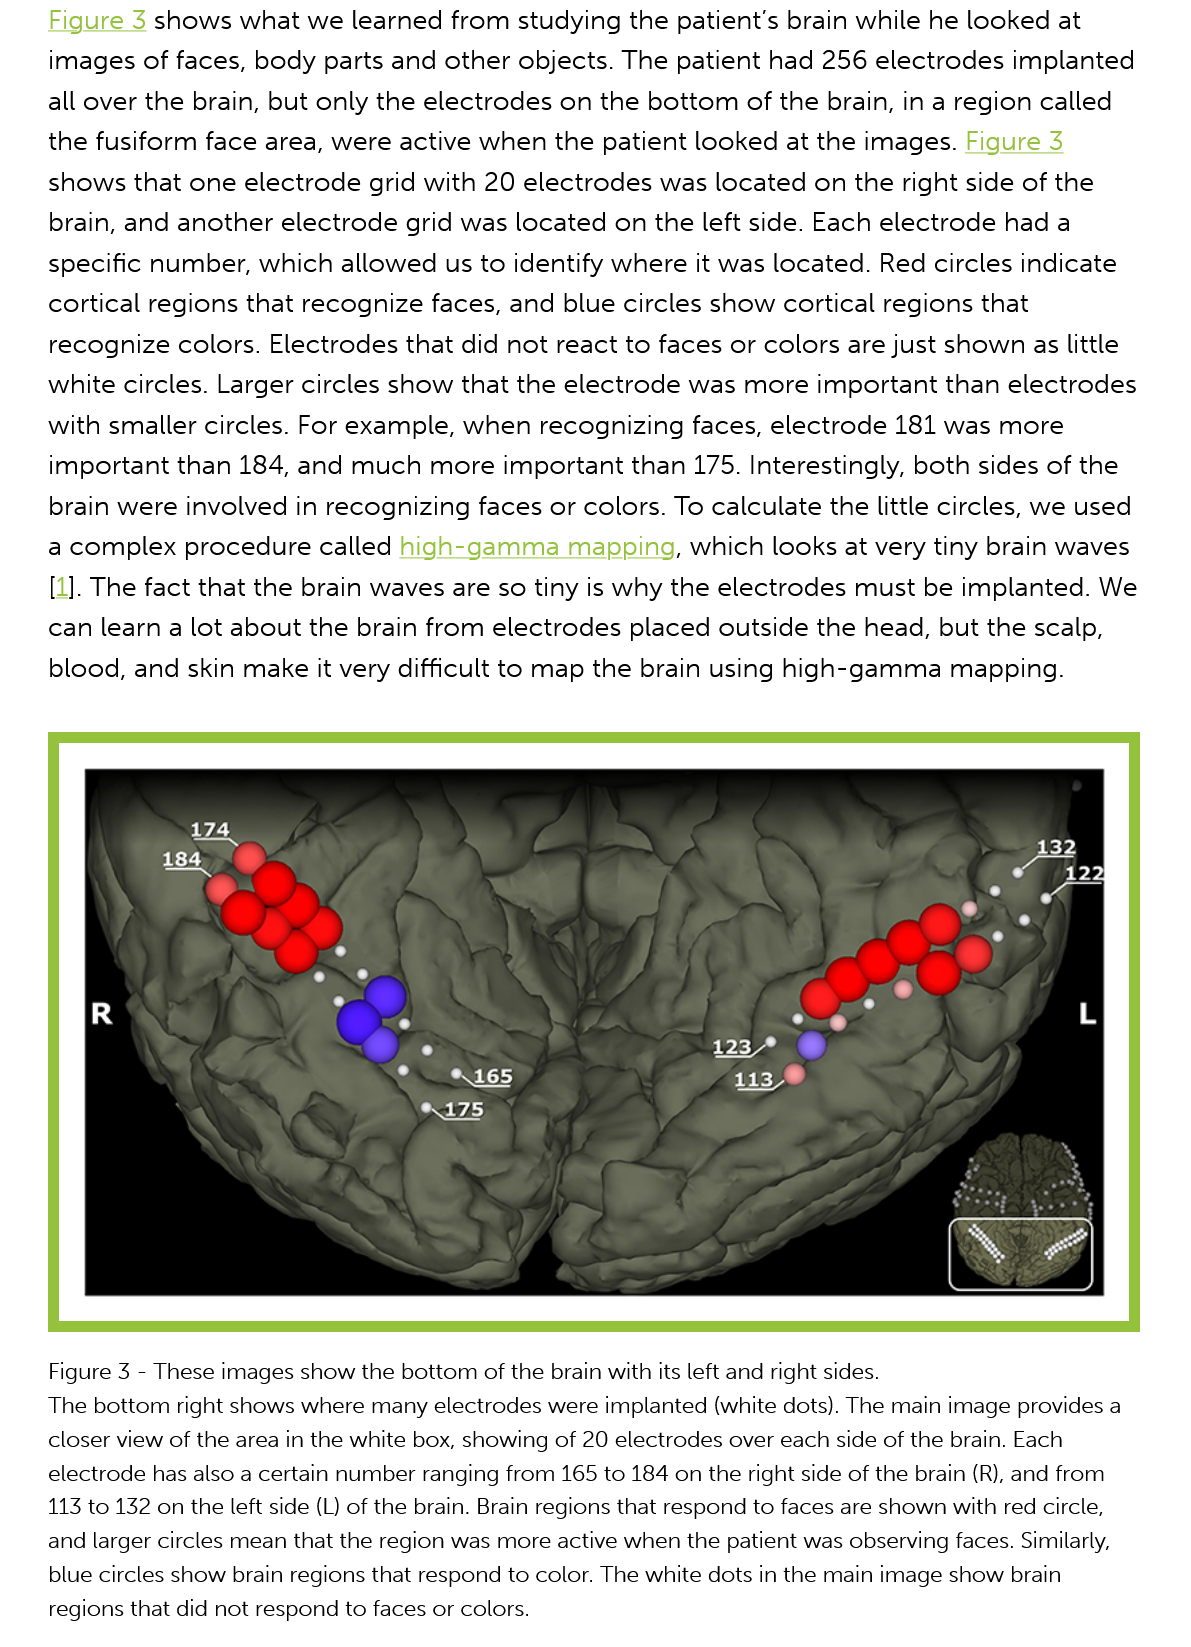
Figure 3 shows what we learned   from  studying the patient's brain while he looked at
     images of faces, body parts and other  objects. The patient had 256 electrodes  implanted
     all over the brain, but only the electrodes on the bottom of the brain, in a region called
     the fusiform face area, were active when the  patient looked at the images. Figure 3
     shows that one  electrode grid with 20 electrodes was  located on the  right side of the
     brain, and another electrode grid was located  on the left side. Each electrode had a
     specific number, which allowed   us to identify where it was located. Red circles indicate
     cortical regions that recognize faces, and blue circles show cortical regions that
     recognize colors. Electrodes that did not react to faces or colors are just shown as little
     white circles. Larger circles show that the electrode was more important  than electrodes
     with smaller circles. For example, when recognizing  faces, electrode 181 was  more
     important than 184, and  much  more  important  than 175. Interestingly, both sides of the
     brain were involved in recognizing faces or colors. To calculate the little circles, we used
     a complex  procedure called  high-gamma    mapping,  which  looks at very tiny brain waves
     [1]. The fact that the brain waves are so tiny is why the electrodes must be implanted. We
     can learn a lot about the brain from electrodes placed outside the head,  but the scalp,
     blood, and skin make it very difficult to map the brain using high-gamma  mapping.
     Figure 3
     -
     These images show the bottom of the brain with its left and right sides.
    The bottom right shows where many electrodes were implanted (white dots). The main image provides a
     closer view of the area in the white box, showing of 20 electrodes over each side of the brain. Each
     electrode has also a certain number ranging from 165 to 184 on the right side of the brain (R), and from
     113 to 132 on the left side (L) of the brain. Brain regions that respond to faces are shown with red circle,
     and larger circles mean that the region was more active when the patient was observing faces. Similarly,
     blue circles show brain regions that respond to color. The white dots in the main image show brain
     regions that did not respond to faces or colors.